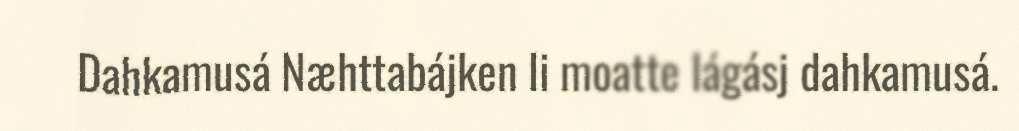
Dahkamusá Næhttabájken li moatte lágásj dahkamusá.